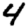
Digit: 4